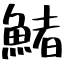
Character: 鯺